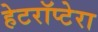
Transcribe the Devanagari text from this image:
हेटरॉप्टेरा